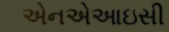
એનએઆઇસી